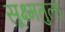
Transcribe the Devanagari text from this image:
सूक्ष्मतुला